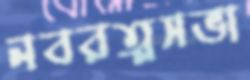
নবরত্নসভা